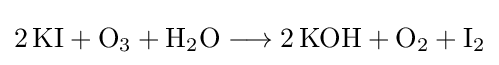
{2\,\mathrm {KI} {}+{}\mathrm {O} {\vphantom {A}}_{\smash[{t}]{3}}{}+{}\mathrm {H} {\vphantom {A}}_{\smash[{t}]{2}}\mathrm {O} {}\mathrel {\longrightarrow } {}2\,\mathrm {KOH} {}+{}\mathrm {O} {\vphantom {A}}_{\smash[{t}]{2}}{}+{}\mathrm {I} {\vphantom {A}}_{\smash[{t}]{2}}}